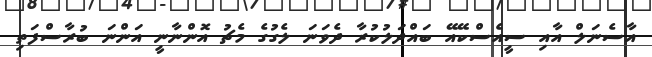
އާސެނަލް އާއި ސީއެސްކޭއޭ ބައްދަލުކުރާ ދެވަނަ ލެގުގެ މެޗު އޮންނާނީ އަންނަ ބުރާސްފަތި